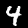
Label: 4